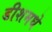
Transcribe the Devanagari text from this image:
डीशमधे